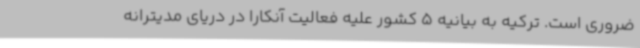
ضروری است. ترکیه به بیانیه 5 کشور علیه فعالیت آنکارا در دریای مدیترانه